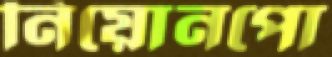
নিয়োনপো